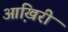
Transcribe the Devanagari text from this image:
आखि़री